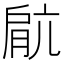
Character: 𫆥